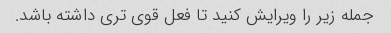
جمله زیر را ویرایش کنید تا فعل قوی تری داشته باشد.